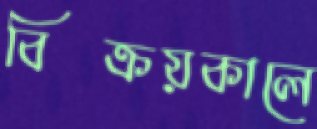
বিক্রয়কালে